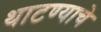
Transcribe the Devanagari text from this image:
थाटण्याचे